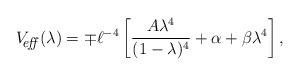
LaTeX: \begin{align*}V_{\hbox{\footnotesize\it \hspace{-6pt} eff\,}}(\lambda) = \mp \ell^{-4}\left[{A\lambda^4 \over (1-\lambda)^4} +\alpha+\beta\lambda^4\right],\end{align*}